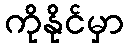
ကိုနိုင်မှာ